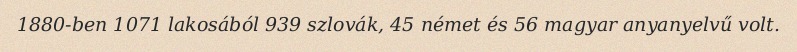
1880-ben 1071 lakosából 939 szlovák, 45 német és 56 magyar anyanyelvű volt.